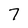
Character: 7